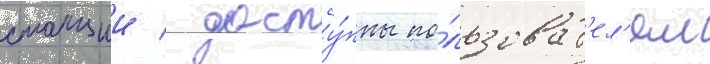
станции / досту́пны по́льзоват'ел'ям